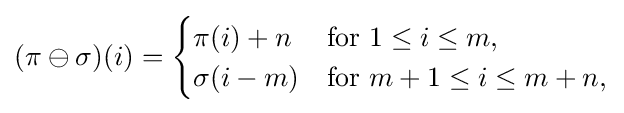
(\pi \ominus \sigma )(i)={\begin{cases}\pi (i)+n&{\text{for }}1\leq i\leq m,\\\sigma (i-m)&{\text{for }}m+1\leq i\leq m+n,\end{cases}}